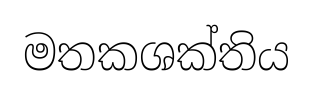
මතකශක්තිය